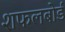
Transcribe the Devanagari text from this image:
शफलबोर्ड